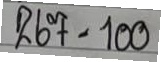
267 = 100